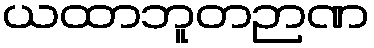
ယထာဘူတဉာဏ